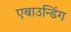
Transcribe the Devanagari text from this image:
एबाउन्डिंग